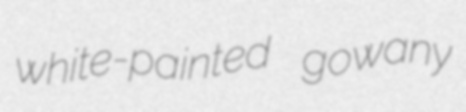
white-painted gowany